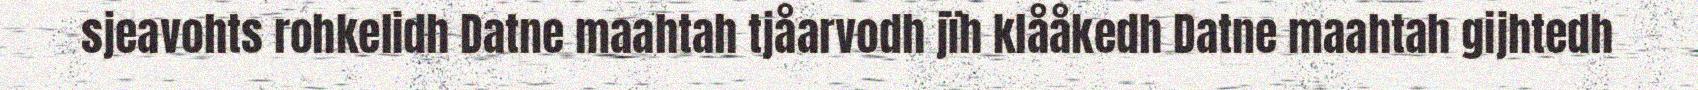
sjeavohts rohkelidh Datne maahtah tjåarvodh jïh klååkedh Datne maahtah gijhtedh